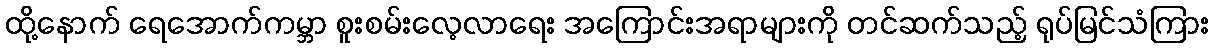
ထို့နောက် ရေအောက်ကမ္ဘာ စူးစမ်းလေ့လာရေး အကြောင်းအရာများကို တင်ဆက်သည့် ရုပ်မြင်သံကြား